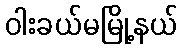
ဝါးခယ်မမြို့နယ်